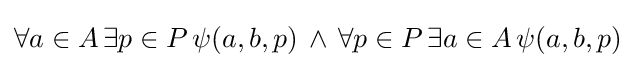
\forall a\in A\,\exists p\in P\,\psi (a,b,p)\,\land \,\forall p\in P\,\exists a\in A\,\psi (a,b,p)